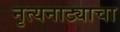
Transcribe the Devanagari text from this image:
नृत्यनाट्याचा